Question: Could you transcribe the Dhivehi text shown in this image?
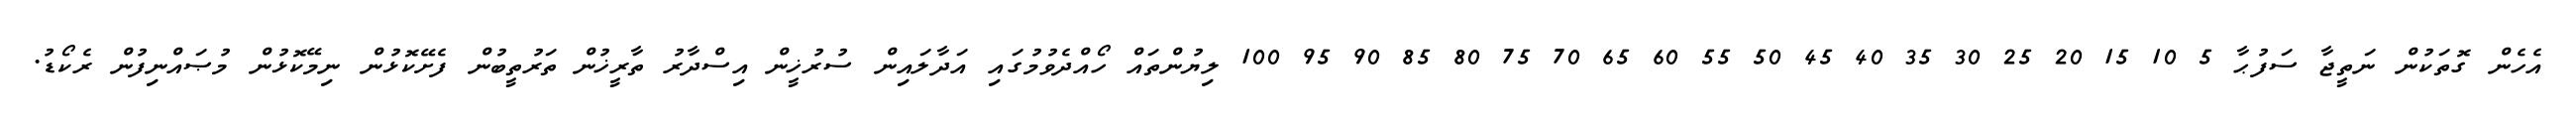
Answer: އެހެން ގޮތަކުން ނަތީޖާ ސަފުޙާ 5 10 15 20 25 30 35 40 45 50 55 60 65 70 75 80 85 90 95 100 ލިޔުންތައް ހޯއްދެވުމުގައި އަދާލައިން ސުރުޚީން އިސްދާރު ތާރީޚުން ތަރުތީބުން ފެށޭކޮޅުން ނިމޭކޮޅުން މުޞައްނިފުން ރެކޯޑު.